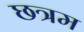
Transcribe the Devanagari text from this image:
छत्रम